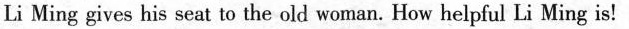
Li Ming gives his seat to the old woman. How helpful Li Ming is!